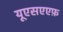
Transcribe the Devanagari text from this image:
यूएसएएफ़